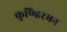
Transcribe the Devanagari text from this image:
कुण्हिरमन